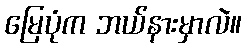
မြေပုံက ဘယ်နားမှာလဲ။